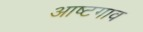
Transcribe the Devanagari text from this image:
आष्टगाव